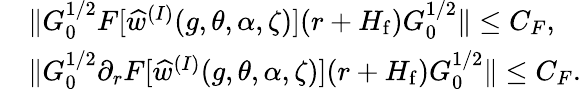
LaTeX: \begin{array}{rl}&{\| G_{0}^{1/2}F[\widehat{w}^{(I)}(g,\theta,\alpha,\zeta)](r+H_{\mathrm{f}})G_{0}^{1/2}\| \leq C_{F},}\\ &{\| G_{0}^{1/2}\partial_{r}F[\widehat{w}^{(I)}(g,\theta,\alpha,\zeta)](r+H_{\mathrm{f}})G_{0}^{1/2}\| \leq C_{F}.}\end{array}